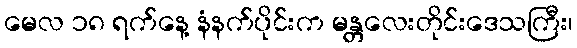
မေလ ၁၈ ရက်နေ့ နံနက်ပိုင်းက မန္တလေးတိုင်းဒေသကြီး၊